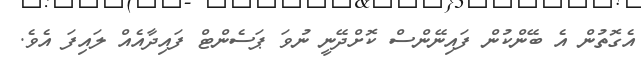
އެގޮތުން އެ ބޭންކުން ފައިނޭންސް ކޮށްދޭނީ ނުވަ ޕަސެންޓް ފައިދާއެއް ލައިފަ އެވެ.